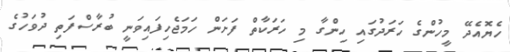
ހެޔޮއެދޭ މީހުންގެ ހަރަދުގައި ހިންގާ މި ހަރަކާތް ފަށަން ހަމަޖެހިފައިވަނީ ބުރާސްފަތި ދުވަހުގެ